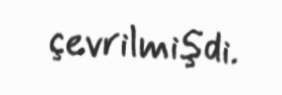
çevrilmişdi.